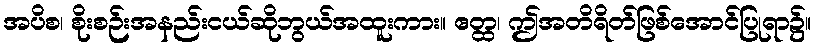
အပိစ၊ စိုးစဉ်းအနည်းငယ်ဆိုဘွယ်အထူးကား။ ဧတ္ထ၊ ဤအတိရိတ်ဖြစ်အောင်ပြုရာ၌။